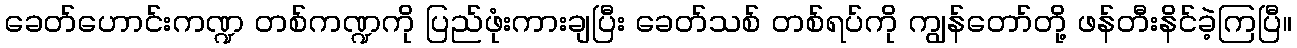
ခေတ်ဟောင်းကဏ္ဍ တစ်ကဏ္ဍကို ပြည်ဖုံးကားချပြီး ခေတ်သစ် တစ်ရပ်ကို ကျွန်တော်တို့ ဖန်တီးနိင်ခဲ့ကြပြီ။